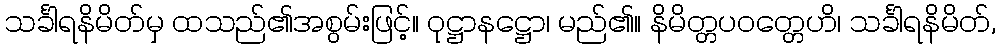
သင်္ခါရနိမိတ်မှ ထသည်၏အစွမ်းဖြင့်။ ဝုဋ္ဌာနဋ္ဌော၊ မည်၏။ နိမိတ္တပဝတ္တေဟိ၊ သင်္ခါရနိမိတ်,